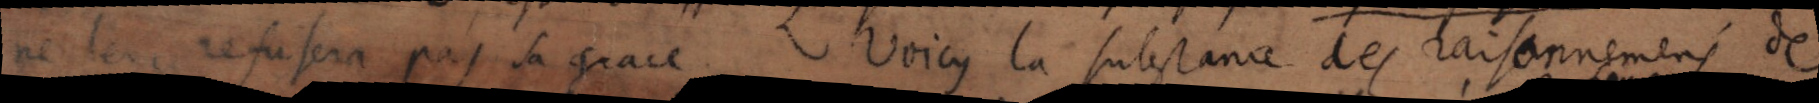
ne leur refusera pas sa grace. Voicy la substance des raisonnemens de